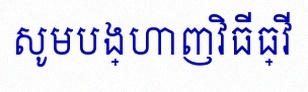
សូមបង្ហាញវិធីធ្វើ